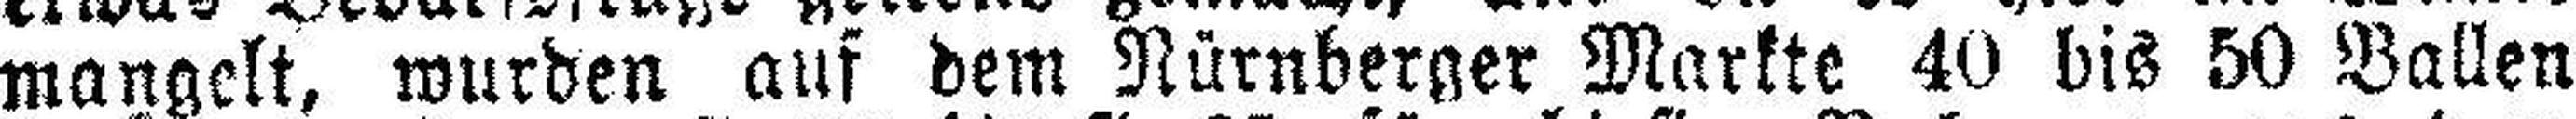
mangelt, wurden auf dem Nürnberger Markte 40 bis 50 Ballen